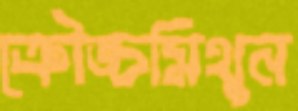
ক্রৌঙ্চমিথুন